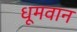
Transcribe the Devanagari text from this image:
धूमवान